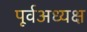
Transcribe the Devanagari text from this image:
पूर्वअध्यक्ष